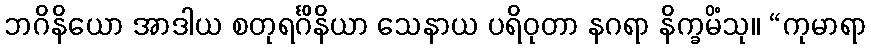
ဘဂိနိယော အာဒါယ စတုရင်္ဂိနိယာ သေနာယ ပရိဝုတာ နဂရာ နိက္ခမိံသု။ “ကုမာရာ